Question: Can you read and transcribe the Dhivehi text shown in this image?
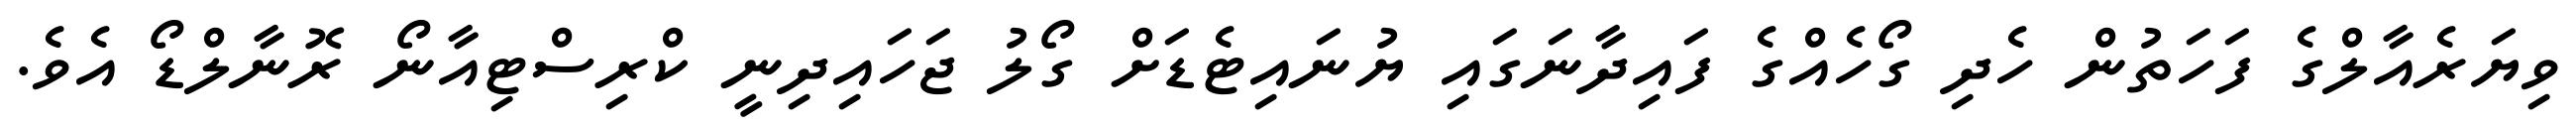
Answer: ވިޔަރެއާލްގެ ފަހަތުން ހެދި ގޯހެއްގެ ފައިދާނަގައި ޔުނައިޓެޑަށް ގޯލު ޖަހައިދިނީ ކްރިސްޓިއާނޯ ރޮނާލްޑޯ އެވެ.